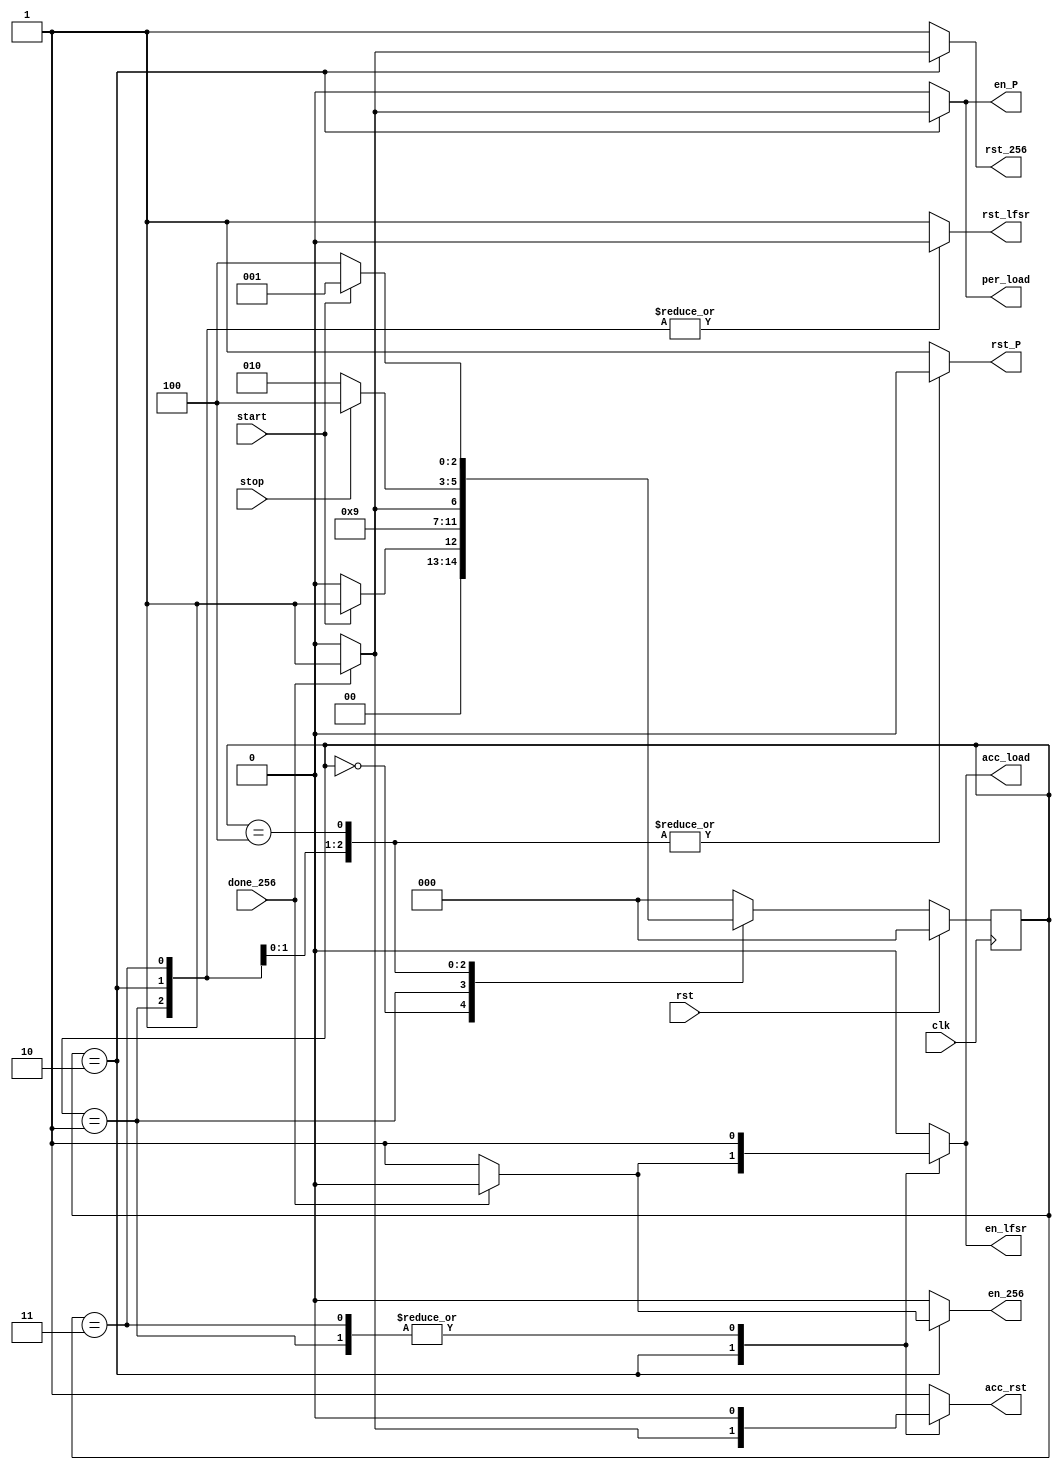
`timescale 1ns / 1ps
//////////////////////////////////////////////////////////////////////////////////

module CONTROLLERM1(per_load,
                    en_P,
                    rst_P,
                    en_lfsr,
                    rst_lfsr,
                    acc_rst,
                    acc_load,
                    en_256,
                    rst_256,
                    clk,
                    rst,
                    start,
                    done_256,
                    stop);
output reg per_load,
       en_P,
       rst_P,
       en_lfsr,
       rst_lfsr,
       acc_rst,
       acc_load,
       en_256,
       rst_256;   
input clk,
      rst,
      start,
      done_256,
      stop;
parameter[2:0] IDEL=3'b000, SETTING=3'b001, PROCESS=3'B010, LOADING=3'b011, DONE=3'b100;
reg[2:0] ps,ns;     
always @(posedge clk)
begin
 if(rst)
  ps<=3'b000;
 else
  ps<= #3 ns;
end  

always @(*)
begin
 case(ps)
IDEL:begin
      per_load=1'b0;
      en_P=1'b0;
      rst_P=1'b1;
      rst_lfsr=1'b1;
      en_lfsr=1'b0;
      acc_load=1'b0;
      acc_rst=1'b1;
      en_256=1'b0;
      rst_256=1'b1;
      if(start)
       ns=SETTING;
      else
       ns=IDEL;
     end
SETTING:begin
      per_load=1'b0;
      en_P=1'b0;
      rst_P=1'b1;
      rst_lfsr=1'b0;
      en_lfsr=1'b1;
      acc_load=1'b1;
      acc_rst=1'b0;
      en_256=1'b0;
      rst_256=1'b1;
      ns=PROCESS;
        end
PROCESS:begin
    if(done_256)
     begin
      per_load=1'b1;
      en_P=1'b1;
      rst_P=1'b0;
      rst_lfsr=1'b0;
      en_lfsr=1'b0;
      acc_load=1'b0;
      acc_rst=1'b1;
      en_256=1'b0;
      rst_256=1'b1;
      ns=LOADING;
     end
    else
     begin
      per_load=1'b0;
      en_P=1'b0;
      rst_P=1'b0;
      rst_lfsr=1'b0;
      en_lfsr=1'b1;
      acc_load=1'b1;
      acc_rst=1'b0;
      en_256=1'b1;
      rst_256=1'b0; 
      ns=PROCESS;
     end 
        end
LOADING:begin
      per_load=1'b0;
      en_P=1'b0;
      rst_P=1'b0;
      rst_lfsr=1'b0;
      en_lfsr=1'b1;
      acc_load=1'b1;
      acc_rst=1'b0;
      en_256=1'b0;
      rst_256=1'b1;
      if(stop)
       ns=DONE;
      else
       ns=PROCESS;
       end
DONE:begin
      per_load=1'b0;
      en_P=1'b0;
      rst_P=1'b0;
      rst_lfsr=1'b1;
      en_lfsr=1'b0;
      acc_load=1'b0;
      acc_rst=1'b1;
      en_256=1'b0;
      rst_256=1'b1;
      if(start)
       ns=SETTING;
      else
       ns=DONE;
     end 
default: begin
      per_load=1'b0;
      en_P=1'b0;
      rst_P=1'b1;
      rst_lfsr=1'b1;
      en_lfsr=1'b0;
      acc_load=1'b0;
      acc_rst=1'b1;
      en_256=1'b0;
      rst_256=1'b1;
      ns=IDEL;
         end     
 endcase
end                                   
endmodule